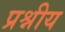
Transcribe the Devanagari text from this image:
प्रश्नीय